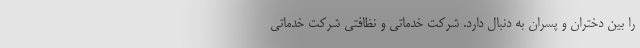
را بین دختران و پسران به دنبال دارد. شرکت خدماتی و نظافتی شرکت خدماتی